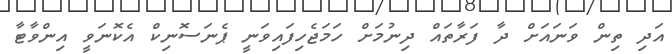
އަދި ތިން ވަނައަށް ދާ ފަރާތައް ދިނުމަށް ހަމަޖެހިފައިވަނީ ޕެނަސޮނިކް އެކޮނަވީ އިންވާޓާ